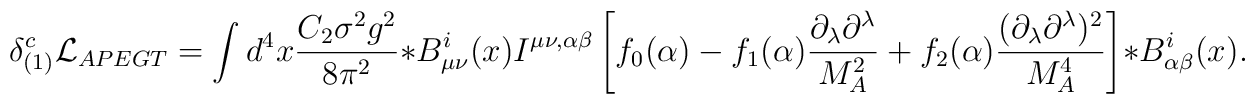
\delta_{(1)}^c {\cal L}_{APEGT} = \int d^4x {C_2 \sigma^2 g^2 \over 8\pi^2} *B_{\mu\nu}^i(x)   I^{\mu\nu,\alpha\beta} \left[ f_0(\alpha) - f_1(\alpha) {\partial_\lambda \partial^\lambda \over M_A^2} + f_2(\alpha) {(\partial_\lambda \partial^\lambda)^2 \over M_A^4}  \right]  *B_{\alpha\beta}^i(x) .